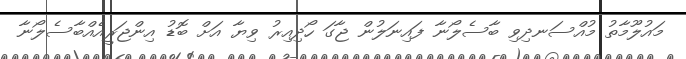
މައުލޫމާތު މުއްސަނދިވި ބާސެލޯނާ ފައިނަލުން ޖާގަ ހޯދިއިރު ވިޔާ އަށް ބޮޑު އިންޖަރީއެއްބާސެލޯނާ